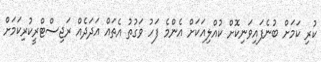
ކުރި ކަމަށް ބުނެފައިވަނިކޮށް ކުއްލިއަކަށް އެންމެ ފަހު ވަގުތު އެތައް އަދަދެއް ރަޖިސްޓްރީކުރިކަމަށް